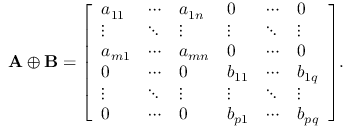
\mathbf { A } \oplus \mathbf { B } = { \left[ \begin{array} { l l l l l l } { a _ { 1 1 } } & { \cdots } & { a _ { 1 n } } & { 0 } & { \cdots } & { 0 } \\ { \vdots } & { \ddots } & { \vdots } & { \vdots } & { \ddots } & { \vdots } \\ { a _ { m 1 } } & { \cdots } & { a _ { m n } } & { 0 } & { \cdots } & { 0 } \\ { 0 } & { \cdots } & { 0 } & { b _ { 1 1 } } & { \cdots } & { b _ { 1 q } } \\ { \vdots } & { \ddots } & { \vdots } & { \vdots } & { \ddots } & { \vdots } \\ { 0 } & { \cdots } & { 0 } & { b _ { p 1 } } & { \cdots } & { b _ { p q } } \end{array} \right] } .